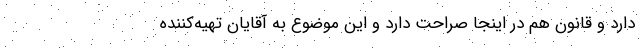
دارد و قانون هم در اینجا صراحت دارد و این موضوع به آقایان تهیه‌کننده